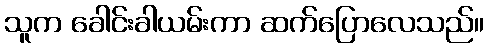
သူက ခေါင်းခါယမ်းကာ ဆက်ပြောလေသည်။